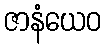
ဇာနံယေဝ